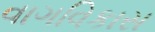
વાગવિકાસ